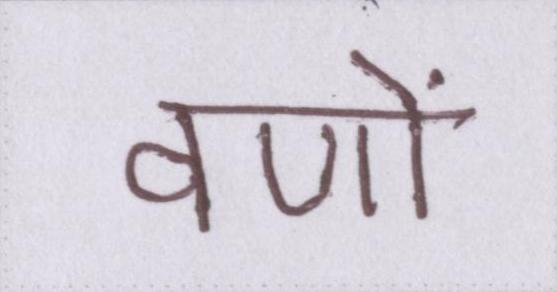
वणों